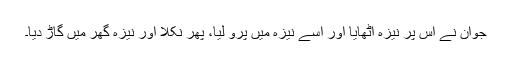
جوان نے اس پر نیزہ اٹھایا اور اسے نیزہ میں پرو لیا، پھر نکلا اور نیزہ گھر میں گاڑ دیا۔